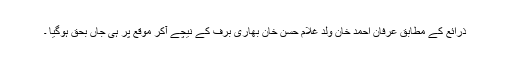
ذرائع کے مطابق عرفان احمد خان ولد غلام حسن خان بھاری برف کے نیچے آکر موقع پر ہی جاں بحق ہوگیا ۔